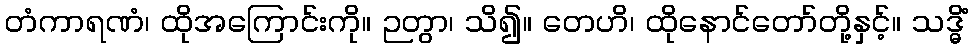
တံကာရဏံ၊ ထိုအကြောင်းကို။ ဉတွာ၊ သိ၍။ တေဟိ၊ ထိုနောင်တော်တို့နှင့်။ သဒ္ဓိံ